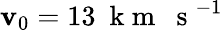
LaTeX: \mathbf{v}_{0}=13~\mathrm{{~k~m~~~s~}}^{-1}